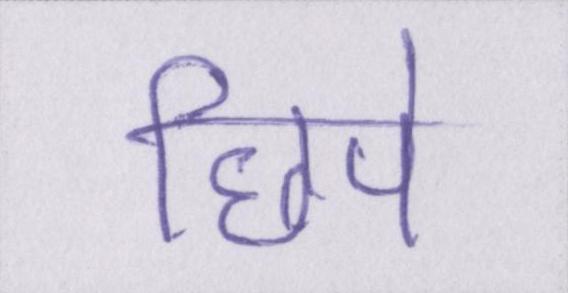
छिपे